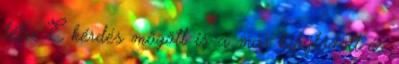
létre E kérdés mögött is a már kifejlődött és